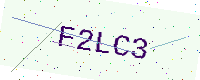
Text: F2LC3